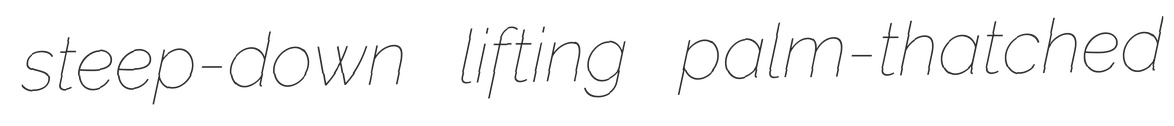
steep-down lifting palm-thatched